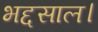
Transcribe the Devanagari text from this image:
भद्दसाल।